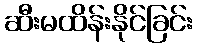
ဆီးမထိန်းနိုင်ခြင်း